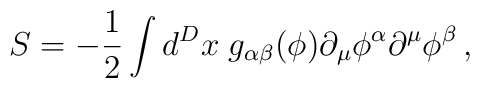
S=-\frac 12 \int d^Dx \; g_{\alpha\beta}(\phi) \partial_\mu  \phi^\alpha\partial^\mu  \phi^\beta\,,